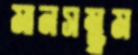
মানসম্ভ্রম